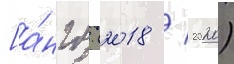
[а́нгл. (2018 / 2020)